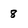
Character: 8